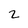
Character: 2